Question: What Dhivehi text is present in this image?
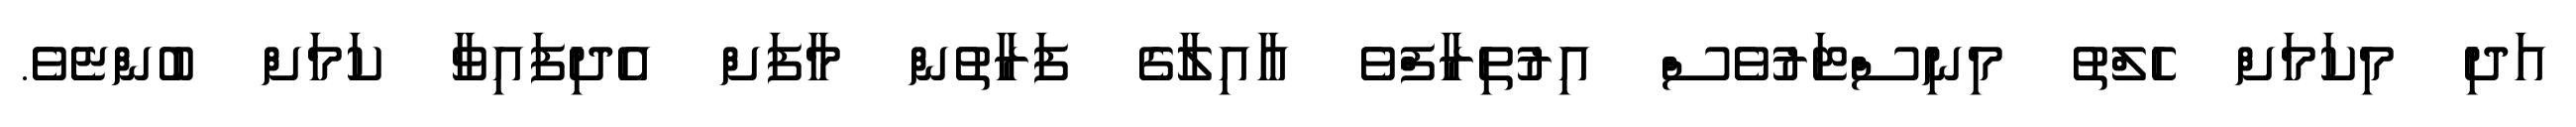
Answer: އަދި މިކަމަށް ހެލްތު މިނިސްޓަރުވެސް އިރުތިރާފްވެ އާއިލާގެ ފަރާތުން މާފަށް އެދިފައިވާ ކަމަށް ބުންޏެވެ.